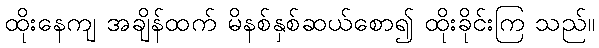
ထိုးနေကျ အချိန်ထက် မိနစ်နှစ်ဆယ်စော၍ ထိုးခိုင်းကြ သည်။